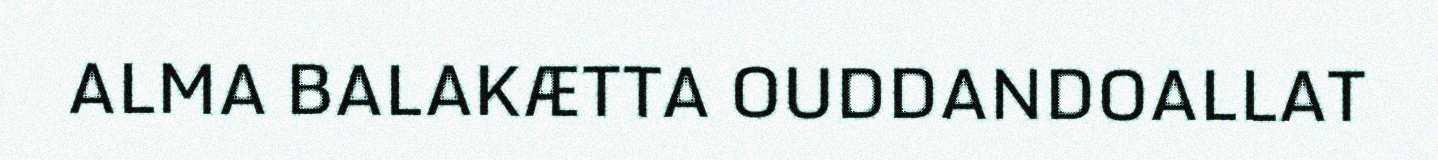
ALMA BALAKÆTTA OUDDANDOALLAT